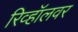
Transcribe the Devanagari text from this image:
रिव्हॉलवर